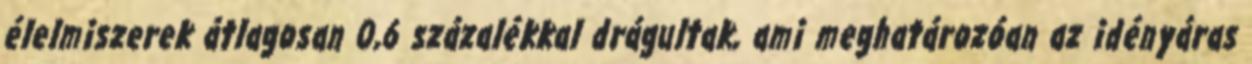
élelmiszerek átlagosan 0,6 százalékkal drágultak, ami meghatározóan az idényáras